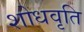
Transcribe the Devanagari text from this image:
शोधवृति